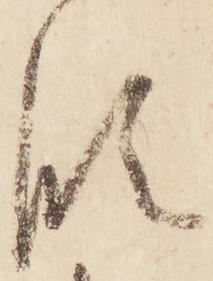
段